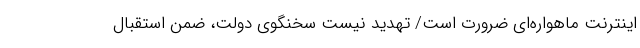
اینترنت ماهواره‌ای ضرورت است/ تهدید نیست سخنگوی دولت، ضمن استقبال